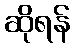
ဆိုရန်